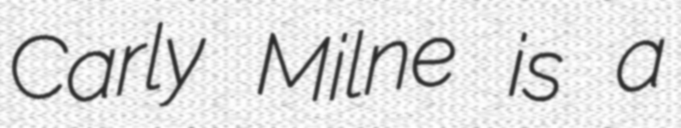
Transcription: Carly Milne is a